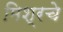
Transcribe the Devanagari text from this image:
मिश्रचे